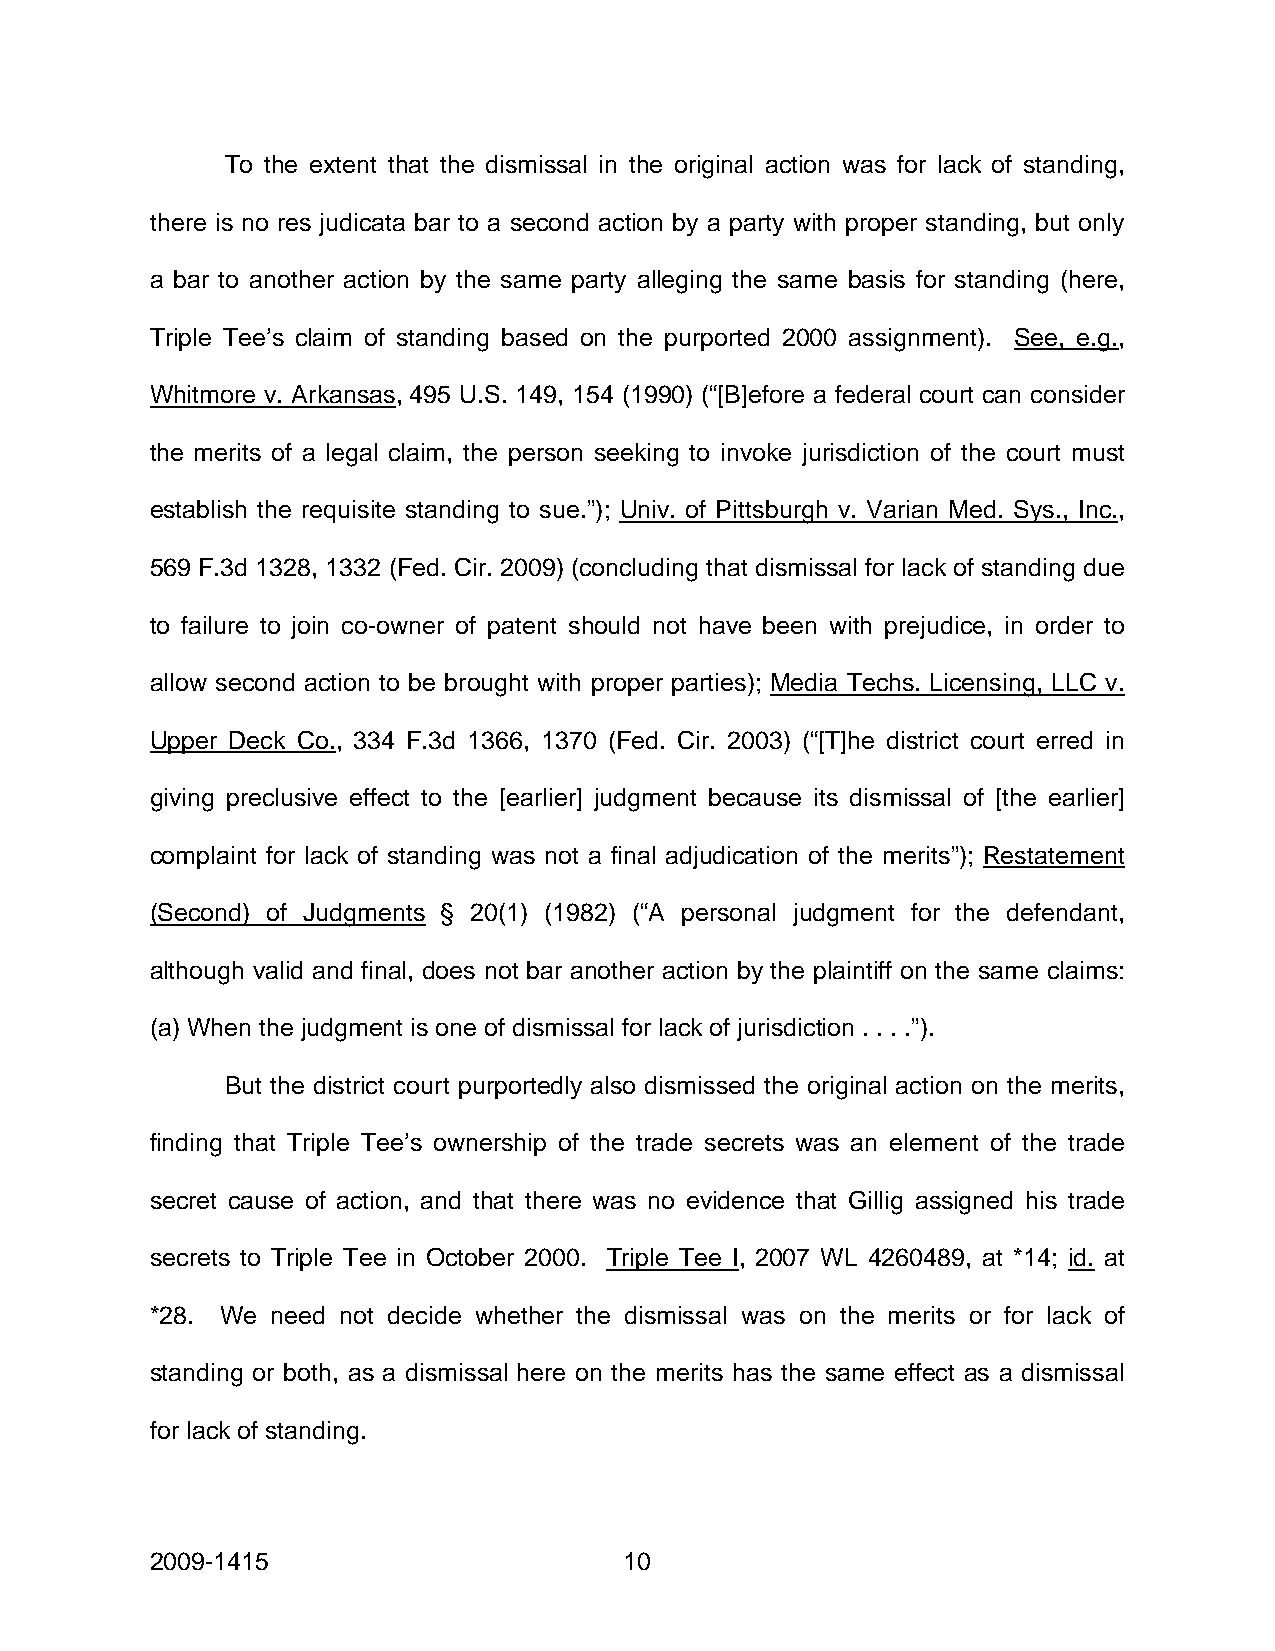
To the extent that the dismissal in the original action was for lack of standing,
 there is no res judicata bar to a second action by a party with proper standing, but only
 a bar to another action by the same party alleging the same basis for standing (here,
 Triple Tee’s claim of standing based on the purported 2000 assignment). See, e.g.,
 Whitmore v. Arkansas, 495 U.S. 149, 154 (1990) (“[B]efore a federal court can consider
 the merits of a legal claim, the person seeking to invoke jurisdiction of the court must
 establish the requisite standing to sue.”); Univ. of Pittsburgh v. Varian Med. Sys., Inc.,
 569 F.3d 1328, 1332 (Fed. Cir. 2009) (concluding that dismissal for lack of standing due
 to failure to join co-owner of patent should not have been with prejudice, in order to
 allow second action to be brought with proper parties); Media Techs. Licensing, LLC v.
 Upper Deck Co., 334 F.3d 1366, 1370 (Fed. Cir. 2003) (“[T]he district court erred in
 giving preclusive effect to the [earlier] judgment because its dismissal of [the earlier]
 complaint for lack of standing was not a final adjudication of the merits”); Restatement
 (Second) of Judgments § 20(1) (1982) (“A personal judgment for the defendant,
 although valid and final, does not bar another action by the plaintiff on the same claims:
 (a) When the judgment is one of dismissal for lack of jurisdiction . . . .”).
 But the district court purportedly also dismissed the original action on the merits,
 finding that Triple Tee’s ownership of the trade secrets was an element of the trade
 secret cause of action, and that there was no evidence that Gillig assigned his trade
 secrets to Triple Tee in October 2000. Triple Tee I, 2007 WL 4260489, at *14; id. at
 *28. We need not decide whether the dismissal was on the merits or for lack of
 standing or both, as a dismissal here on the merits has the same effect as a dismissal
 for lack of standing.
 2009-1415                      10